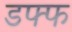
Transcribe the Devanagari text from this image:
डफ्फ